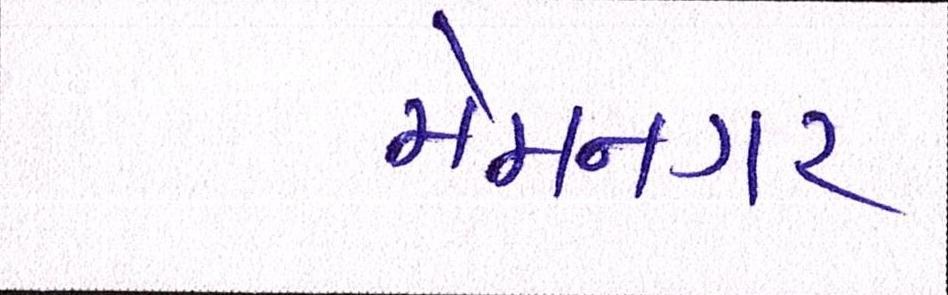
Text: મેમનગર